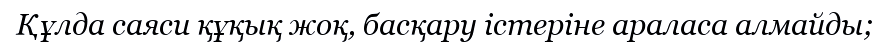
Құлда саяси құқық жоқ, басқару істеріне араласа алмайды;